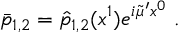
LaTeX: \bar { p } _ { 1 , 2 } = \hat { p } _ { 1 , 2 } ( x ^ { 1 } ) e ^ { i \tilde { \mu } ^ { \prime } x ^ { 0 } } \; .